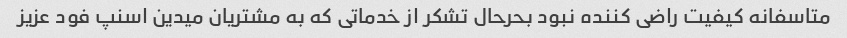
متاسفانه کیفیت راضی کننده نبود بحرحال تشکر از خدماتی که به مشتریان میدین اسنپ فود عزیز